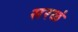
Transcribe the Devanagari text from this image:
सरळं